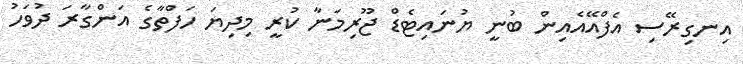
އިނގިރޭސި އެފްއޭއެއިން ބުނީ ޔުނައިޓެޑް ޖޫރިމަނާ ކުރީ މިދިޔަ ހަފްތާގެ އަންގާރަ ދުވަހު